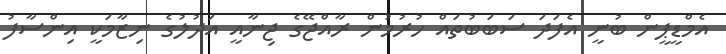
އެމްޑީޕީން ބުނީ އެފަދަ ސަބަބުތައް ހުރުމުން ރާއްޖޭގެ ޖިނާއީ އަދުލުގެ ނިޒާމަކީ އިންސާފު